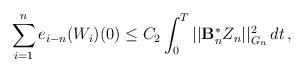
\begin{align*}\displaystyle{\sum_{i=1}^n e_{i-n}(W_i)(0)} \le C_2 \int_0^T || \mathcal{\mathbf{B}}_n^{\ast}Z_n||_{G_n}^2 \,dt \,,\end{align*}